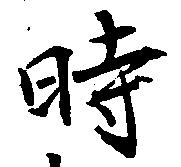
時